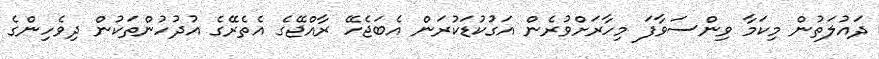
ދައުލަތުން މިކަމާ ވިންސަވާފަ މިހާރަށްވުރެން އަގުކުޑަކުރަން އެބަޖެހޭ ރާއްޖޭގެ އެތެރޭގެ އުދުހުންތަކުން ދިވެހިންގެ